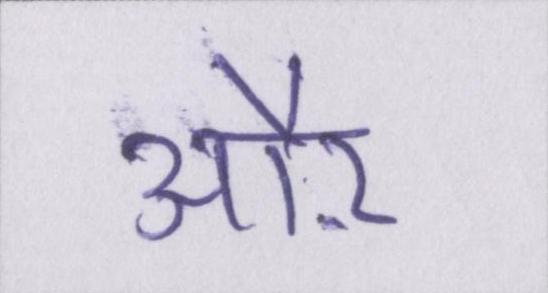
औऱ